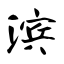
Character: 滨